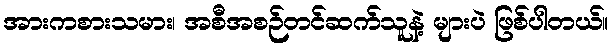
အားကစားသမား၊ အစီအစဉ်တင်ဆက်သူနဲ့ များပဲ ဖြစ်ပါတယ်။